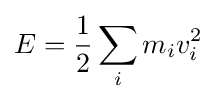
E={\frac {1}{2}}\sum _{i}m_{i}v_{i}^{2}